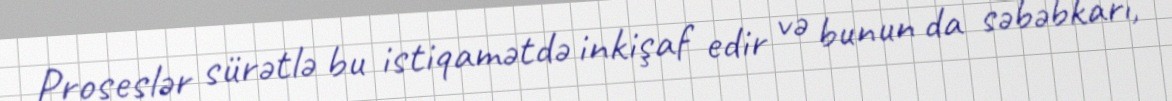
Proseslər sürətlə bu istiqamətdə inkişaf edir və bunun da səbəbkarı,